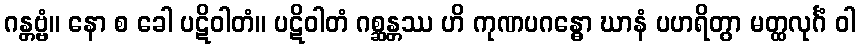
ဂန္တဗ္ဗံ။ နော စ ခေါ ပဋိဝါတံ။ ပဋိဝါတံ ဂစ္ဆန္တဿ ဟိ ကုဏပဂန္ဓော ဃာနံ ပဟရိတွာ မတ္ထလုင်္ဂံ ဝါ